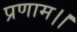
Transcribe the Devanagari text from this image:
प्रणाम।।